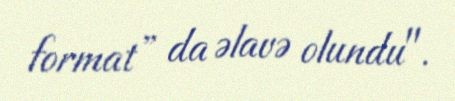
format” da əlavə olundu".